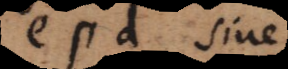
e? d sive